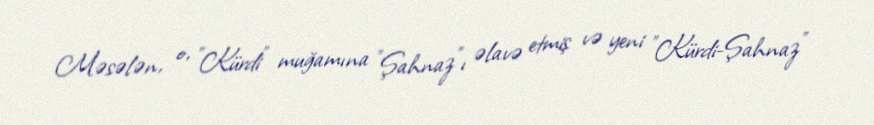
Məsələn, o, "Kürdi" muğamına "Şahnaz"ı əlavə etmiş və yeni "Kürdi-Şahnaz"